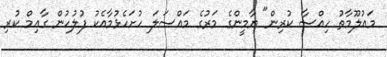
މައުލޫމާތު ހިއްސާ ކުރިން" ޔާމީންގެ މަރުގެ މައްސަލަ ހުށަހެޅުމާއެކު ފުލުހުން ގާއިމް ކުރި